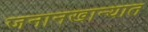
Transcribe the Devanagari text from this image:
जनानखान्यात